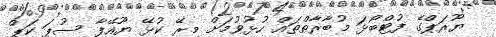
ޔޫރަޕްގެ ފުޓްބޯޅަ މުބާރާތްތައް ހުޅުވުމަށް މިރޭ ކުޅޭ ޔޫއޭފާ ސުޕަ ކަޕް